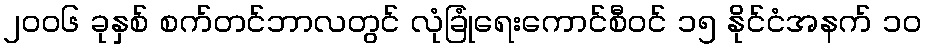
၂၀၀၆ ခုနှစ် စက်တင်ဘာလတွင် လုံခြုံရေးကောင်စီဝင် ၁၅ နိုင်ငံအနက် ၁၀